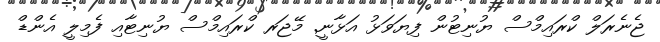
ޖެނެރަލް ކްރައިމްސް ޔުނިޓުން ފިޔަވަޅު އަޅާނީ